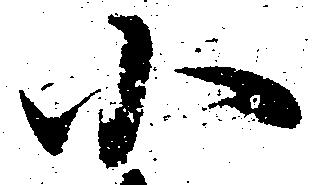
小